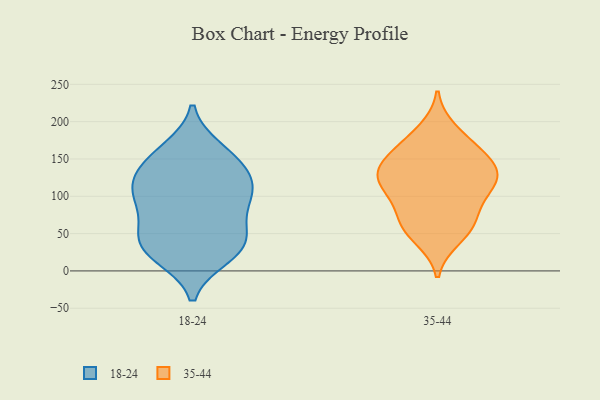
{"axis": {"x": "Satisfaction Score", "y": "Value"}, "legend": ["18-24", "35-44"], "data": [{"x": "", "y": 29, "type": "18-24"}, {"x": "", "y": 156, "type": "18-24"}, {"x": "", "y": 40, "type": "18-24"}, {"x": "", "y": 19, "type": "18-24"}, {"x": "", "y": 91, "type": "18-24"}, {"x": "", "y": 21, "type": "18-24"}, {"x": "", "y": 42, "type": "18-24"}, {"x": "", "y": 132, "type": "18-24"}, {"x": "", "y": 163, "type": "18-24"}, {"x": "", "y": 107, "type": "18-24"}, {"x": "", "y": 102, "type": "18-24"}, {"x": "", "y": 64, "type": "18-24"}, {"x": "", "y": 49, "type": "18-24"}, {"x": "", "y": 126, "type": "18-24"}, {"x": "", "y": 94, "type": "18-24"}, {"x": "", "y": 149, "type": "18-24"}, {"x": "", "y": 115, "type": "18-24"}, {"x": "", "y": 159, "type": "35-44"}, {"x": "", "y": 142, "type": "35-44"}, {"x": "", "y": 64, "type": "35-44"}, {"x": "", "y": 124, "type": "35-44"}, {"x": "", "y": 44, "type": "35-44"}, {"x": "", "y": 106, "type": "35-44"}, {"x": "", "y": 134, "type": "35-44"}, {"x": "", "y": 67, "type": "35-44"}, {"x": "", "y": 152, "type": "35-44"}, {"x": "", "y": 86, "type": "35-44"}, {"x": "", "y": 120, "type": "35-44"}, {"x": "", "y": 127, "type": "35-44"}, {"x": "", "y": 188, "type": "35-44"}, {"x": "", "y": 172, "type": "35-44"}, {"x": "", "y": 55, "type": "35-44"}, {"x": "", "y": 112, "type": "35-44"}]}